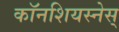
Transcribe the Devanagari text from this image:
काॅनशियस्नेस्